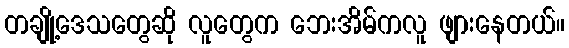
တချို့ဒေသတွေဆို လူတွေက ဘေးအိမ်ကလူ ဖျားနေတယ်။